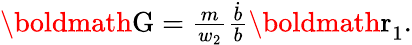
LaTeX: \begin{array}{r}{\textnormal{\boldmath G}=\frac{m}{w_{2}}\frac{\dot{b}}{b}\textnormal{\boldmath r}_{1}.}\end{array}